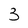
Character: 3